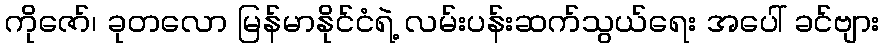
ကိုဇော်၊ ခုတလော မြန်မာနိုင်ငံရဲ့ လမ်းပန်းဆက်သွယ်ရေး အပေါ် ခင်ဗျား